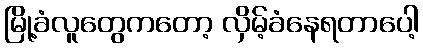
မြို့ခံလူတွေကတော့ လှိမ့်ခံနေရတာပေါ့